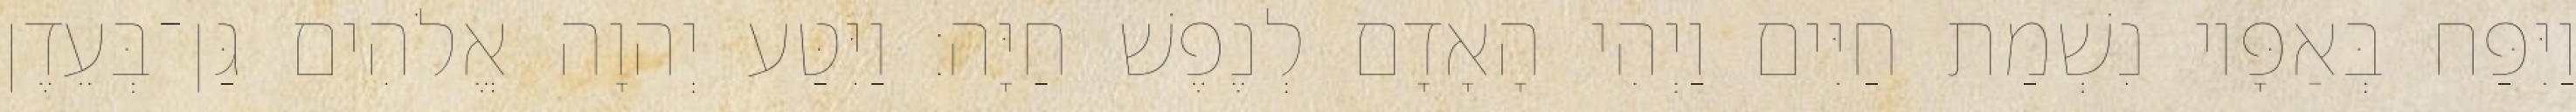
וַיִּפַּח בְּאַפָּיו נִשְׁמַת חַיִּים וַיְהִי הָאָדָם לְנֶפֶשׁ חַיָּה׃ וַיִּטַּע יְהוָה אֱלֹהִים גַּן־בְּעֵדֶן